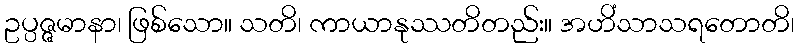
ဥပ္ပဇ္ဇမာနာ၊ ဖြစ်သော။ သတိ၊ ကာယာနုဿတိတည်း။ အဟိံသာသရတောတိ၊